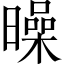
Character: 𣋝